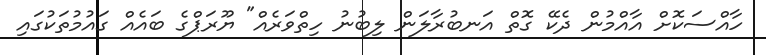
ހާއްސަކޮށް އާއްމުން ދެކޭ ގޮތް އަނބުރާލަން ލިބުނު ހިތްވަރެއް" ޔޫރަޕްގެ ބައެއް ގައުމުތަކުގައި